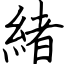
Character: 緒